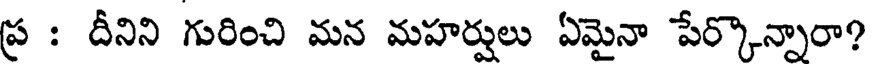
ప్ర : దీనిని గురించి మన మహర్షులు ఏమైనా పేర్కొన్నారా?